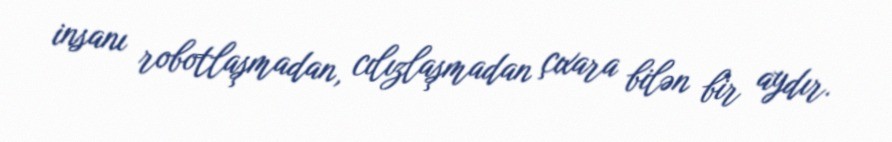
insanı robotlaşmadan, cılızlaşmadan çıxara bilən bir aydır.